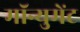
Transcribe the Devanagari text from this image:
मॉन्युमेंट